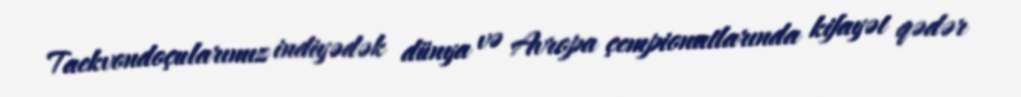
Taekvondoçularımız indiyədək dünya və Avropa çempionatlarında kifayət qədər